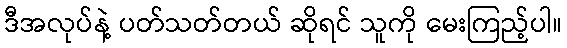
ဒီအလုပ်နဲ့ ပတ်သတ်တယ် ဆိုရင် သူကို မေးကြည့်ပါ။